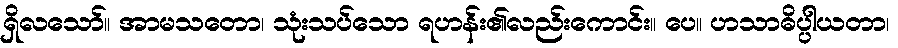
ရှိလသော်။ အာမသတော၊ သုံးသပ်သော ရဟန်း၏လည်းကောင်း။ ပေ။ ဟသာဓိပ္ပါယတာ၊